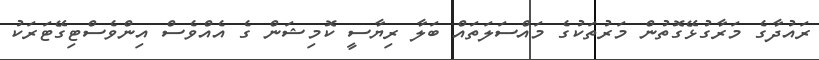
ރައުދާގެ މަރާގުޅޭގޮތުން މަރުތަކުގެ މައްސަލަތައް ބަލާ ރިޔާސީ ކޮމިޝަން ގެ އެއްވެސް އިންވެސްޓިގޭޓަރަކު